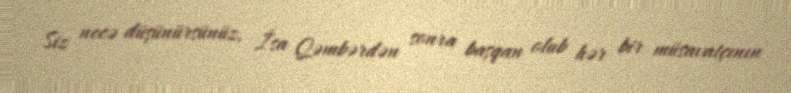
Siz necə düşünürsünüz, İsa Qəmbərdən sonra başqan olub hər bir müsavatçının